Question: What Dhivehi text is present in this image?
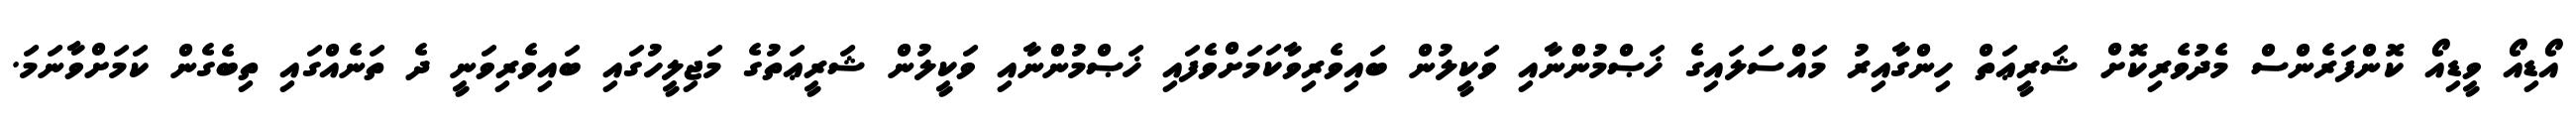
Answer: އޯޑިއޯ ވީޑިއޯ ކޮންފަރެންސް މެދުވެރިކޮށް ޝަރީޢަތް ހިންގާއިރު މައްސަލައިގެ ޚަޞްމުންނާއި ވަކީލުން ބައިވެރިވާކަމަށްވެފައި ޚަޞްމުންނާއި ވަކީލުން ޝަރީޢަތުގެ މަޖިލީހުގައި ބައިވެރިވަނީ ދެ ތަނެއްގައި ތިބެގެން ކަމަށްވާނަމަ.